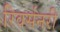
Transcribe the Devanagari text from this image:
रिवर्सनरी